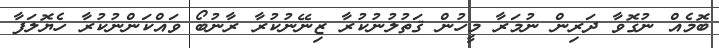
ބޮމެއް ނުގޮވާ ދަރިން ނުމަރާ މީހުން ޤަތުލުނުކުރާ ޒިނޭނުކުރާ ރާނުބޯ ވައްކަންނުކުރާ ހެޔޮލަފާ